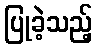
ပြုခဲ့သည့်